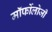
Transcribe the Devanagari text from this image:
मॉर्फोलोजी